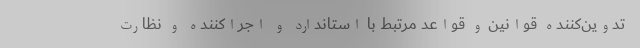
تدوین‌کننده قوانین و قواعد مرتبط با استاندارد و اجراکننده و نظارت